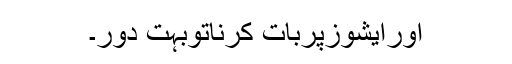
اورایشوزپربات کرناتوبہت دور۔